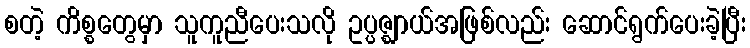
စတဲ့ ကိစ္စတွေမှာ သူကူညီပေးသလို ဥပ္ပဇ္ဈာယ်အဖြစ်လည်း ဆောင်ရွက်ပေးခဲ့ပြီး